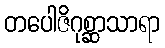
တပေါဇိဂုစ္ဆာသာရာ